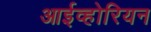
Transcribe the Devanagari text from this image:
आईव्होरियन